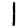
Digit: 1